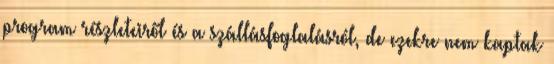
program részleteiről és a szállásfoglalásról, de ezekre nem kaptak